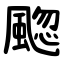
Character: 䬍